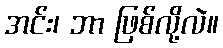
အင်း၊ ဘာ ဖြစ်လို့လဲ။